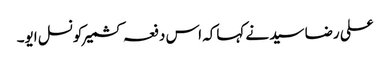
علی رضا سید نے کہاکہ اس دفعہ کشمیرکونسل ایو۔